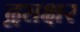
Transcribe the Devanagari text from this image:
द्व्यक्षर